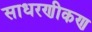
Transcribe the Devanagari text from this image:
साधरणीकण